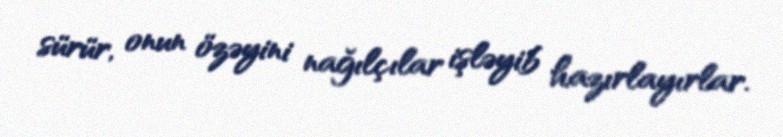
sürür, onun özəyini nağılçılar işləyib hazırlayırlar.